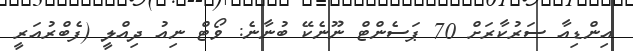
އިންޑިއާ ސަރުކާރަށް 70 ޕަސެންޓް ނޫނެކޭ ބުނާނެ: ވޯޓް ނިއު ދިއްލީ (ފެބްރުއަރީ